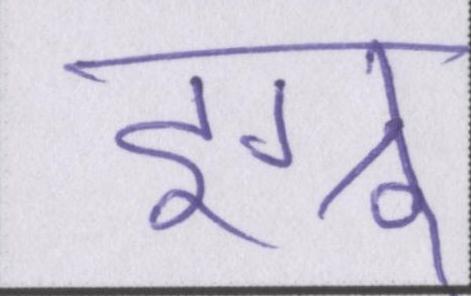
इग्नू